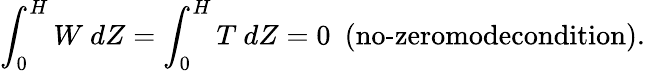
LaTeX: \int_{0}^{H}W\ dZ=\int_{0}^{H}T\ dZ=0\ \ (\textrm{no-zeromodecondition}).